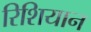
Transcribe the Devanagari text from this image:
रिशियान